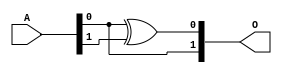
`timescale 1ns / 1ps
//////////////////////////////////////////////////////////////////////////////////
// Company: 
// Engineer: 
// 
// Design Name: 
// Module Name: GF2p2_sc_sq
// Project Name: 
// Target Devices: 
// Tool Versions: 
// Description: 
// 
// Dependencies: 
// 
// Revision:
// Revision 0.01 - File Created
// Additional Comments:
// 
//////////////////////////////////////////////////////////////////////////////////

//checked 1
module GF2p2_sc_sq(O,A);//replaced by
input [1:0]A;  //input 2 bits
output [1:0]O; //op 2 bits

//orginal starts here
//assign O[0]=A[1];
//assign O[1]=A[1] ^ A[0];
//orginal ends here
assign O[1]=A[0];
assign O[0]=A[0]^A[1];
//attempt code

//attempt code end
endmodule